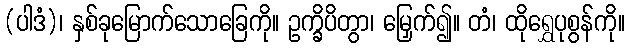
(ပါဒံ)၊ နှစ်ခုမြောက်သောခြေကို။ ဥက္ခိပိတွာ၊ မြှေက်၍။ တံ၊ ထိုရွှေပုစွန်ကို။